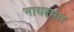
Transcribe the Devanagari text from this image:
नायत्मार